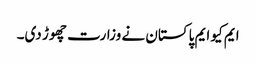
ایم کیو ایم پاکستان نے وزارت چھوڑ دی۔